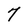
Character: 7